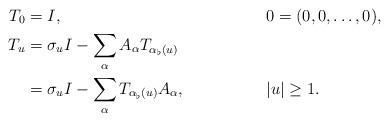
LaTeX: \begin{align*}T_0 &=I, && 0=(0,0,\ldots,0), \\T_u &=\sigma_u I-\sum_{\alpha} A_{\alpha}T_{\alpha_{\flat}(u)}\\&=\sigma_u I-\sum_{\alpha} T_{\alpha_{\flat}(u)}A_{\alpha},&& |u|\geq 1.\end{align*}